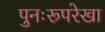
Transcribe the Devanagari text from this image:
पुनःरूपरेखा